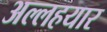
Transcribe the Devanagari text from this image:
अल्लहयार